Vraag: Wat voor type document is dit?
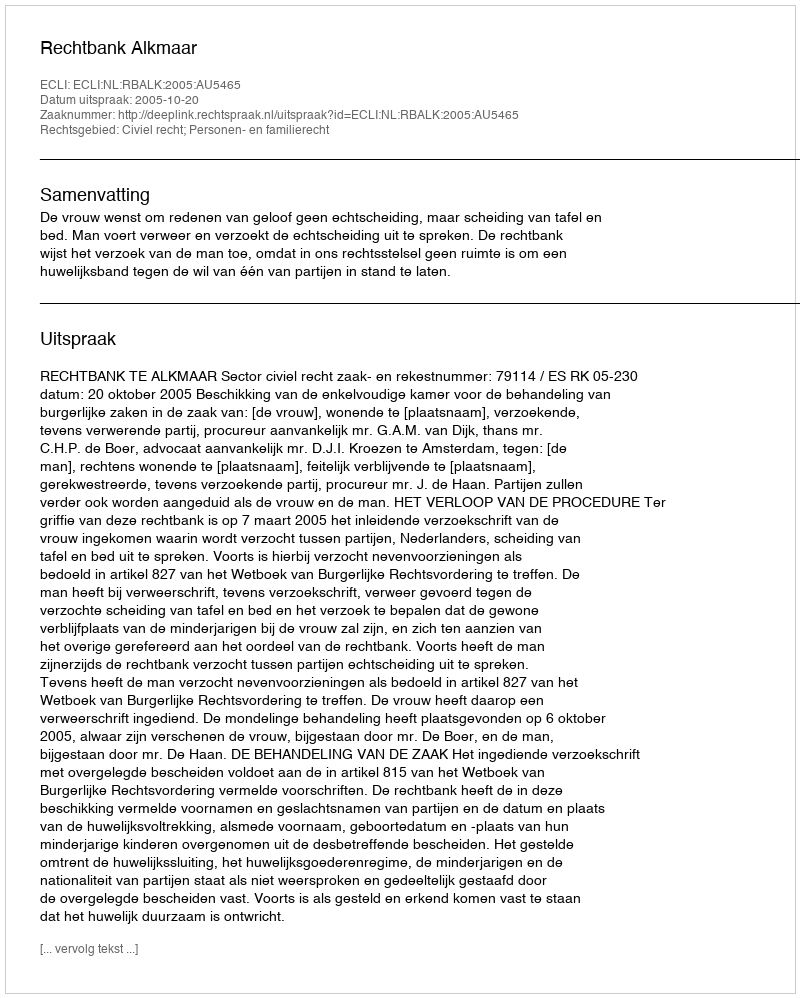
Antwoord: Uitspraak